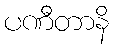
ပဏီတာနိ